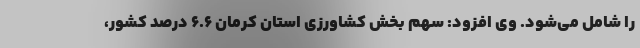
را شامل می‌شود. وی افزود: سهم بخش کشاورزی استان کرمان ۶.۶ درصد کشور،